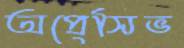
অপ্রেসিভ